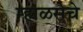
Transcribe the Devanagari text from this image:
म्हाळसेचे